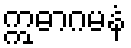
ဣဓာဂမနံ